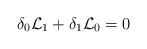
LaTeX: \begin{align*}\delta_0{\cal L}_1 + \delta_1{\cal L}_0 = 0\end{align*}